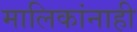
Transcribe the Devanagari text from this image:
मालिकांनाही